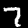
Digit: 7